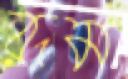
রূম